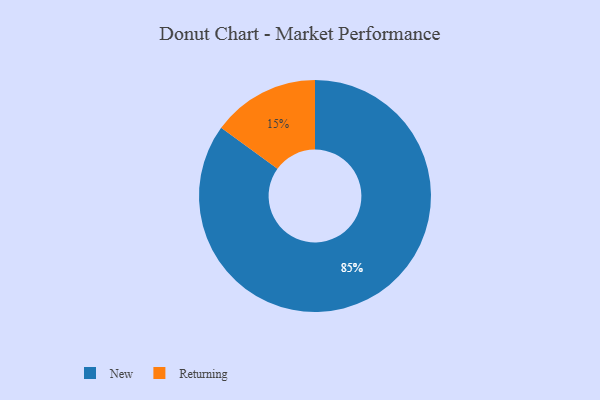
{"axis": {"x": "Category", "y": "Percentage"}, "legend": ["New", "Returning"], "data": [{"x": "New", "y": 85, "type": "New"}, {"x": "Returning", "y": 15, "type": "Returning"}]}